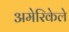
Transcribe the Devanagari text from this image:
अमेरिकेले